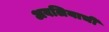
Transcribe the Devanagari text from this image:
अवलियाची